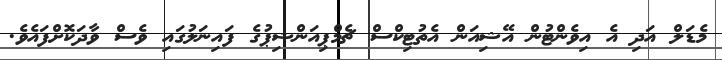
މެޑަލް އަދި އެ އިވެންޓުން އޭޝިއަން އެތުޓިކްސް ޗެމްޕިއަންޝިޕުގެ ފައިނަލުގައި ވެސް ވާދަކޮށްފައެވެ.